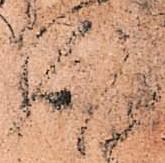
謹